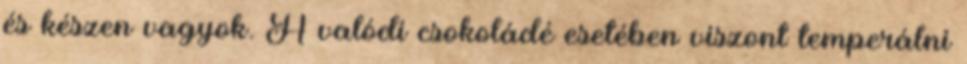
és készen vagyok. A valódi csokoládé esetében viszont temperálni